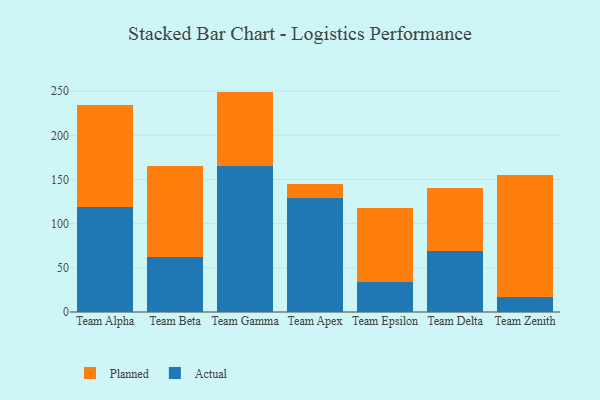
{"axis": {"x": "Team", "y": "Market Share (%)"}, "legend": ["Actual", "Planned"], "data": [{"x": "Team Alpha", "y": 118.5, "type": "Actual"}, {"x": "Team Alpha", "y": 116.3, "type": "Planned"}, {"x": "Team Beta", "y": 62.8, "type": "Actual"}, {"x": "Team Beta", "y": 102.0, "type": "Planned"}, {"x": "Team Gamma", "y": 165.5, "type": "Actual"}, {"x": "Team Gamma", "y": 84.0, "type": "Planned"}, {"x": "Team Apex", "y": 129.0, "type": "Actual"}, {"x": "Team Apex", "y": 16.4, "type": "Planned"}, {"x": "Team Epsilon", "y": 33.6, "type": "Actual"}, {"x": "Team Epsilon", "y": 83.9, "type": "Planned"}, {"x": "Team Delta", "y": 69.2, "type": "Actual"}, {"x": "Team Delta", "y": 70.7, "type": "Planned"}, {"x": "Team Zenith", "y": 16.6, "type": "Actual"}, {"x": "Team Zenith", "y": 138.2, "type": "Planned"}]}